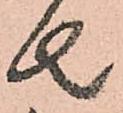
者